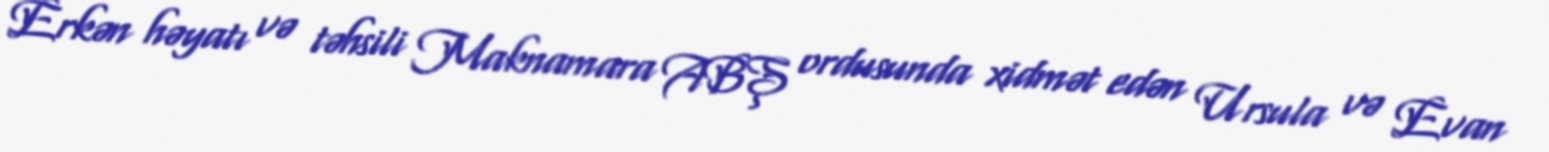
Erkən həyatı və təhsili Maknamara ABŞ ordusunda xidmət edən Ursula və Evan